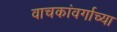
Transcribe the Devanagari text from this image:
वाचकांवर्गाच्या